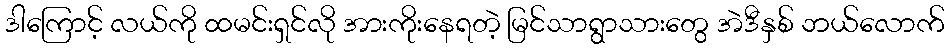
ဒါကြောင့် လယ်ကို ထမင်းရှင်လို အားကိုးနေရတဲ့ မြင်သာရွာသားတွေ အဲဒီနှစ် ဘယ်လောက်